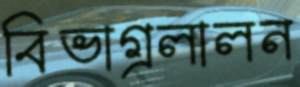
বিভাগ্রলালন